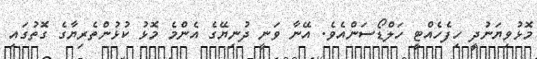
މޮޅުވިޔަނުދީ ހިފެހެއްޓީ ހަލްޑޯސަންއެވެ. އޭނާ ވަނީ ދުނިޔޭގެ އެންމެ މޮޅު ކުޅުންތެރިޔާގެ ގޮތުގައި